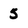
Character: 5